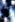
فى